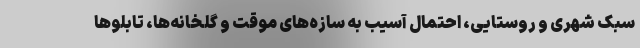
سبک شهری و روستایی، احتمال آسیب به سازه‌های موقت و گلخانه‌ها، تابلوها